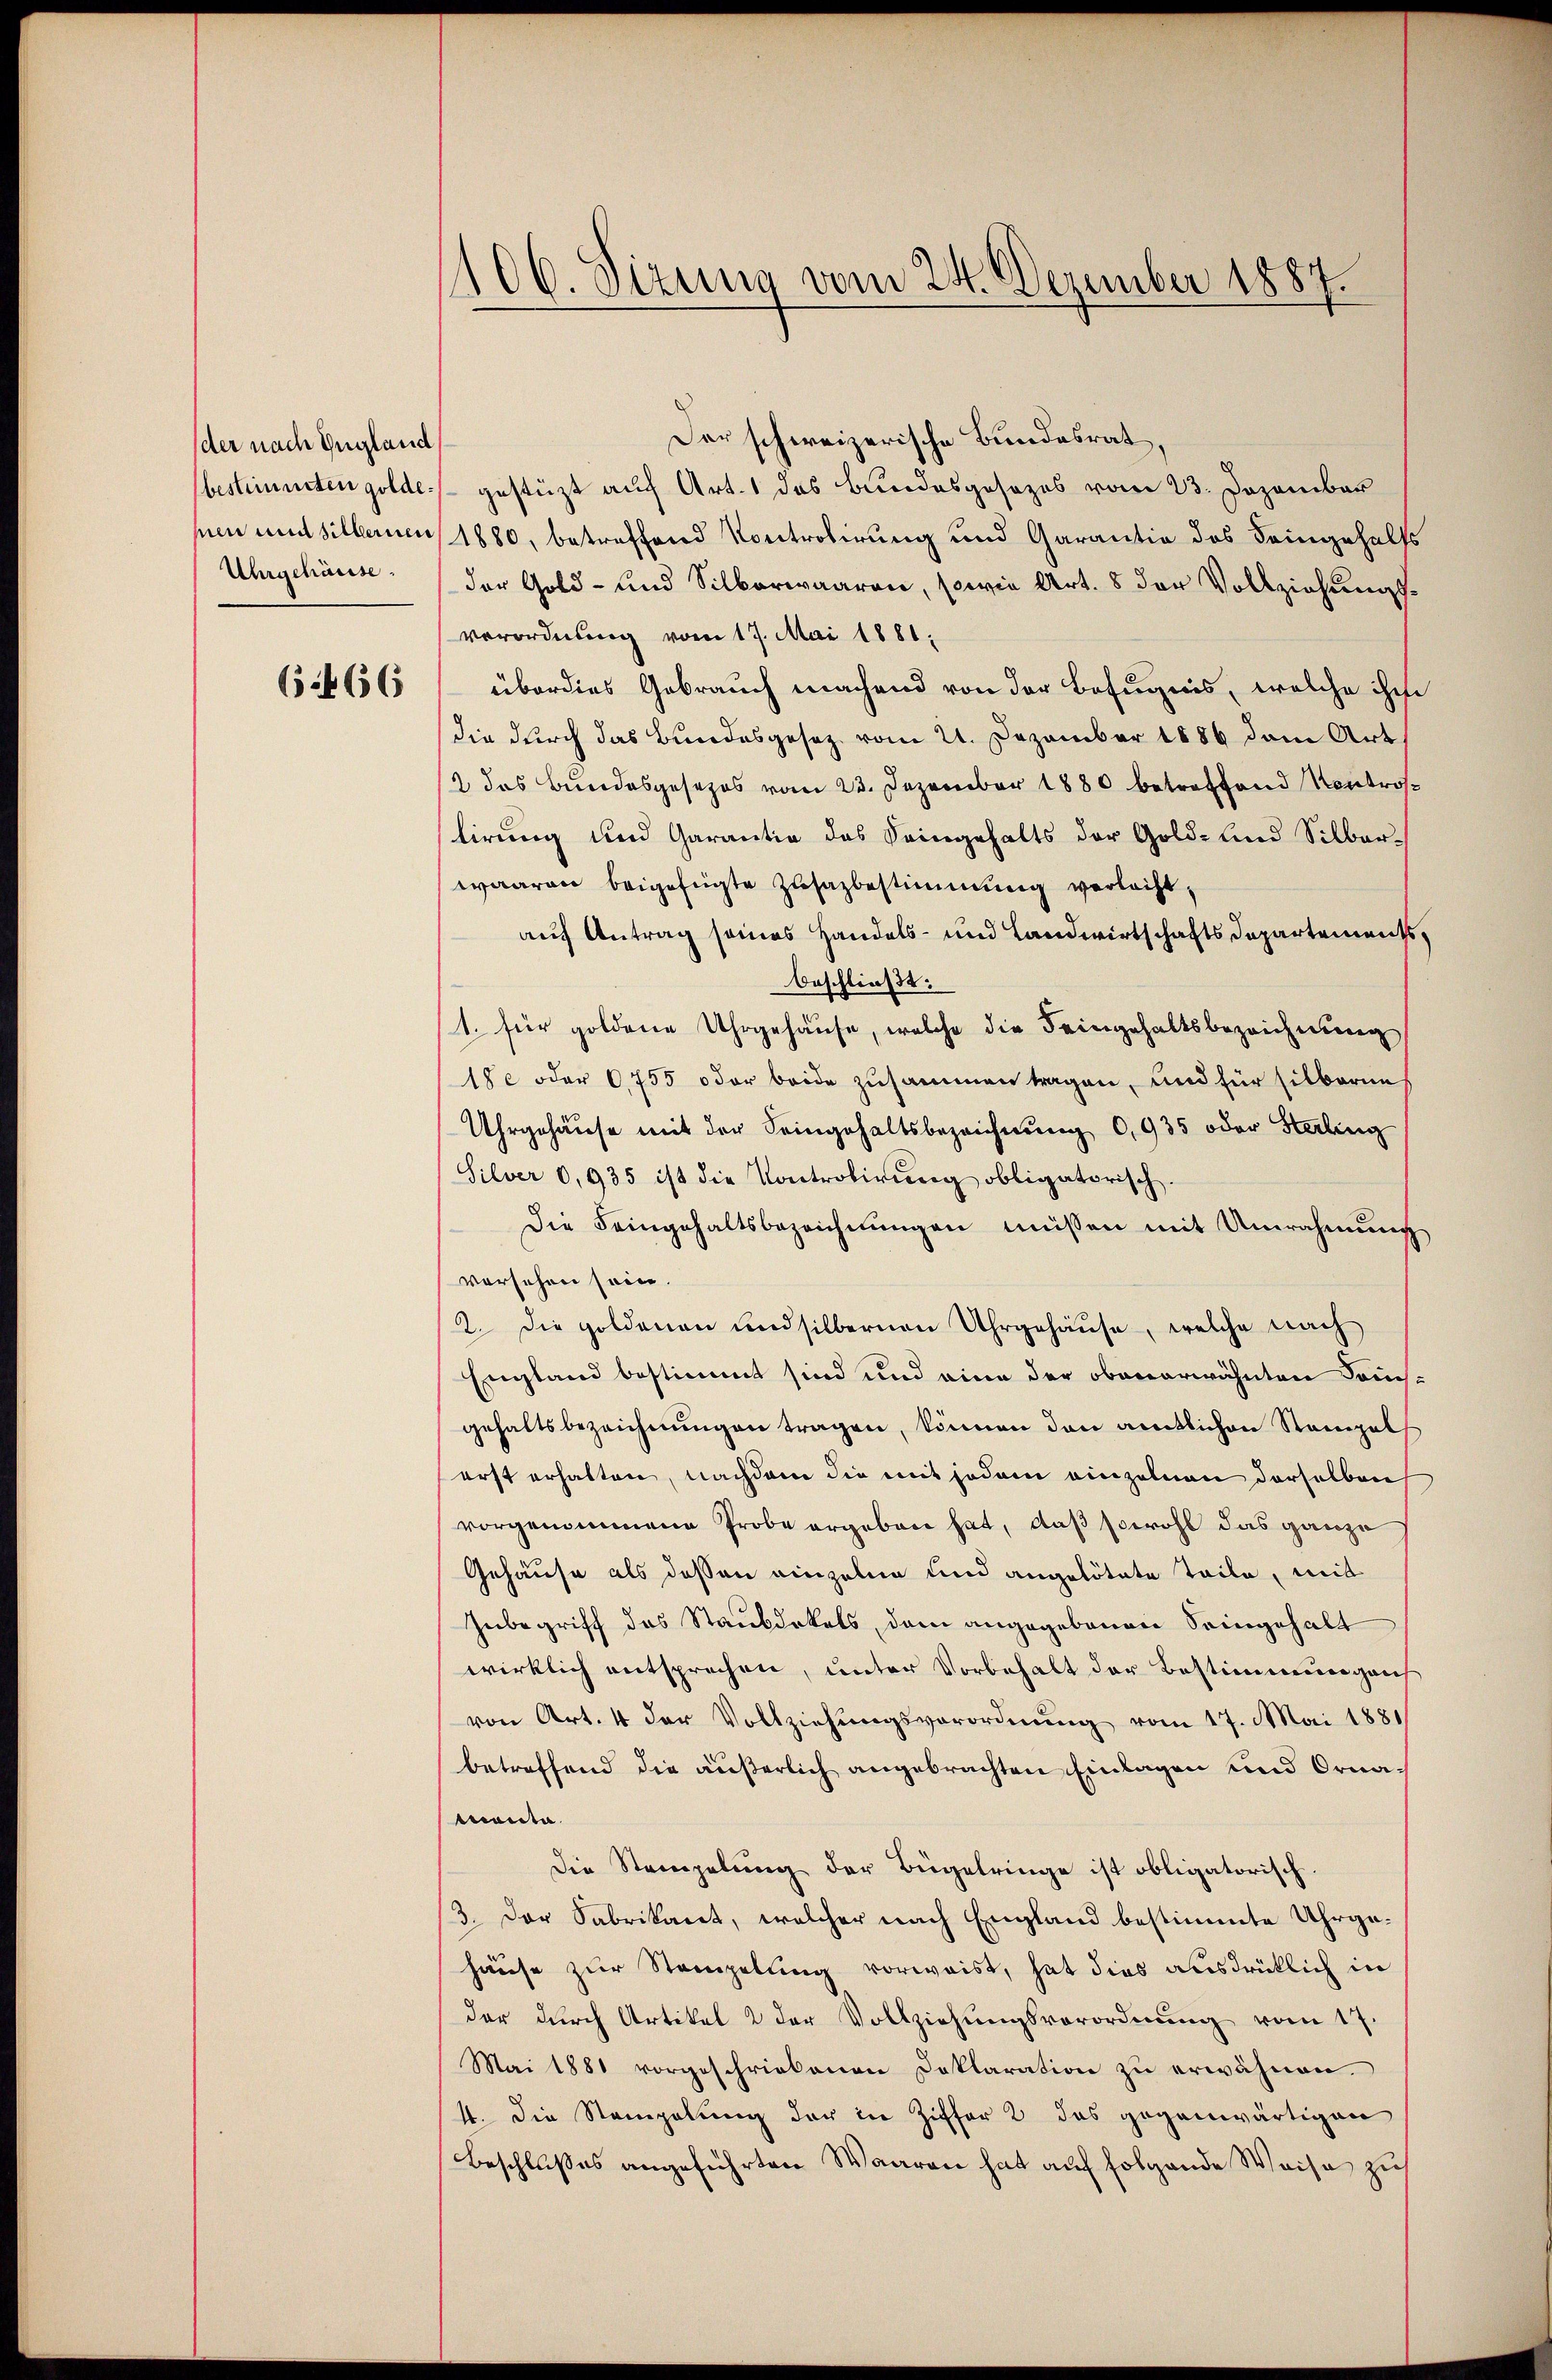
der nach England
bestimmten goldepien und silbernen
Uhrgehäuse.

6466

106. Sizung vom 24. Dezember 1887.

Der schweizerische Bundesrat,
gestüzt auf Art. 1 das Bundesgesezes vom 23. Dezember
1880, betreffend Kontrolirung und Garantia des Deingehalts
der Gold- und Silberwaaren, sowie Art. 8 der Vollziehungsverordnung vom 17. Mai 1881,
überdies Gebrauch machend von der Befugnis, welche ihre
die durch das Bundesgesez vom 21. Dezember 1886 dem Art
2 das Bundesgesezes vom 23. Dezember 1880 betroffend Kontroslirung und Garantia das Seingehalts der Gold- und Silberwaaren beigefügte Zusazbestimmung verlacht,
auf Antrag seines Handels- und Landwirtschafts Departements,
beschließt:
1. für goldene Uhrgehause, welche die Feingehaltsbezeichnung
18 oder 6755 oder beide zusammen tragen, und für silbaren
Uhrgehäuse mit der Seingehaltsbezeichnung 6,935 oder Sterling
Silver 0,935 ist die Kontrolirung obligatorisch.
Die Feingehaltsbezeichnungen müssen mit Umrahmung
versehen sein.
2. Die goldenen und silbernen Uhrgehäuse, welche nach
England bestimmt sind und eine der obenerwähnten Jauchgehaltsbezeichnungen tragen, können den amtlichen Stamals
erst erhalten, nachdem die mit jedem einzelnen derselben
vorgenommene Probe ergeben hat, daß sowohl das ganze
Gehäuse als dessen einzelne und angetötete Teile, mit
Inbegriff das Staubdokals, dem angegebenen Seingehalt
wirklich entsprechen, unter Vorbehalt der Bestimmungen
von Art. 4 der Vollziehŭngsverordnŭng vom 17. Mai 1881/
betreffend die äußerlich angebrachten Einlagen und Orna-
Manta.
Die Stempelung der Bügelringe ist obligatorisch.
3. Der Fabrikant, welcher nach England bestimmte Uhrgehause zur Stempelung vorweist, hat dies ausdrücklich in
der durch Artikel 2 der Vollziehungsverordnung vom 17.
Mai 1881 vorgeschriebenen Deklaration zu erwähnen.
4. Die Stampelung der in Ziffer 2 das gegenwärtigen
Beschlußes angeführten Waaren hat auf folgende Weise zu